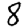
Digit: 8